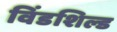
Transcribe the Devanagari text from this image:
विंडशिल्ड